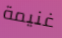
غنيمة